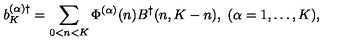
b _ { K } ^ { ( \alpha ) \dagger } = \sum _ { 0 < n < K } \Phi ^ { ( \alpha ) } ( n ) B ^ { \dagger } ( n , K - n ) , \ ( \alpha = 1 , \ldots , K ) ,